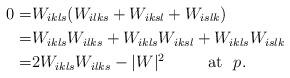
LaTeX: \begin{align*}0=& W_{ikls}(W_{ilks}+W_{iksl}+W_{islk}) \\ =& W_{ikls}W_{ilks}+W_{ikls}W_{iksl}+W_{ikls}W_{islk}\\ =& 2W_{ikls}W_{ilks}-|W|^2 \qquad\hbox{~~at~~} p.\end{align*}